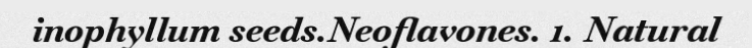
inophyllum seeds.Neoflavones. 1. Natural